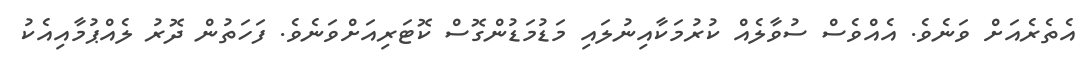
އެތެރެއަށް ވަނެވެ. އެއްވެސް ސުވާލެއް ކުރުމަކާއިނުލައި މަޑުމަޑުންގޮސް ކޮޓަރިއަށްވަނެވެ. ފަހަތުން ދޮރު ލެއްޕުމާއިއެކު